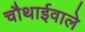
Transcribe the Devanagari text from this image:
चौथाईवाले